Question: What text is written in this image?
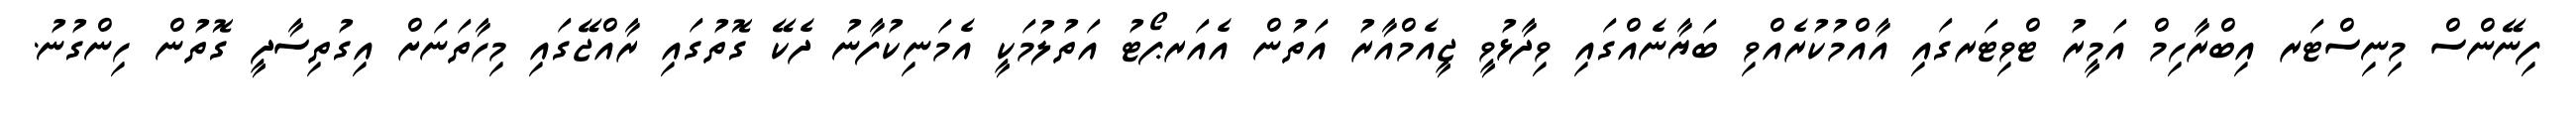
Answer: ފިނޭންސް މިނިސްޓަރ އިބްރާހިމް އަމީރު ޓްވިޓަރގައި އާއްމުކުރެއްވި ބަޔާނެއްގައި ވިދާޅުވީ ޖީއެމްއާރު އަތުން އެއަރޕޯޓު އަތުލުމަކީ އެމަނިކުފާނު ދެކޭ ގޮތުގައި ރާއްޖޭގައި މިހާތަނަށް އިގުތިސާދީ ގޮތުން ހިންގުނު.